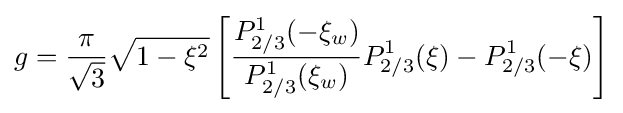
g={\frac {\pi }{\sqrt {3}}}{\sqrt {1-\xi ^{2}}}\left[{\frac {P_{2/3}^{1}(-\xi _{w})}{P_{2/3}^{1}(\xi _{w})}}P_{2/3}^{1}(\xi )-P_{2/3}^{1}(-\xi )\right]